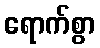
ရောက်စွာ